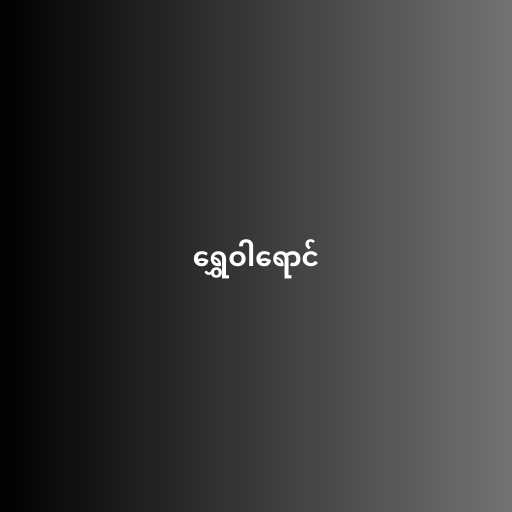
ရွှေဝါရောင်